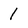
Character: 1